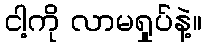
ငါ့ကို လာမရှုပ်နဲ့။